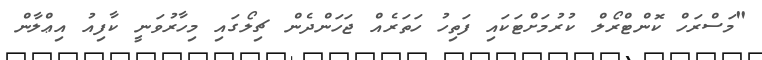
"މަސްރަހް ކޮންޓްރޯލް ކުރުމަށްޓަކައި ފަތިހު ހަތަރެއް ޖަހަންދެން ޗިލޯގައި މިހާރުވަނީ ކާފިއު އިޢްލާން